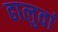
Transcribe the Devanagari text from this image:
ढालुवां